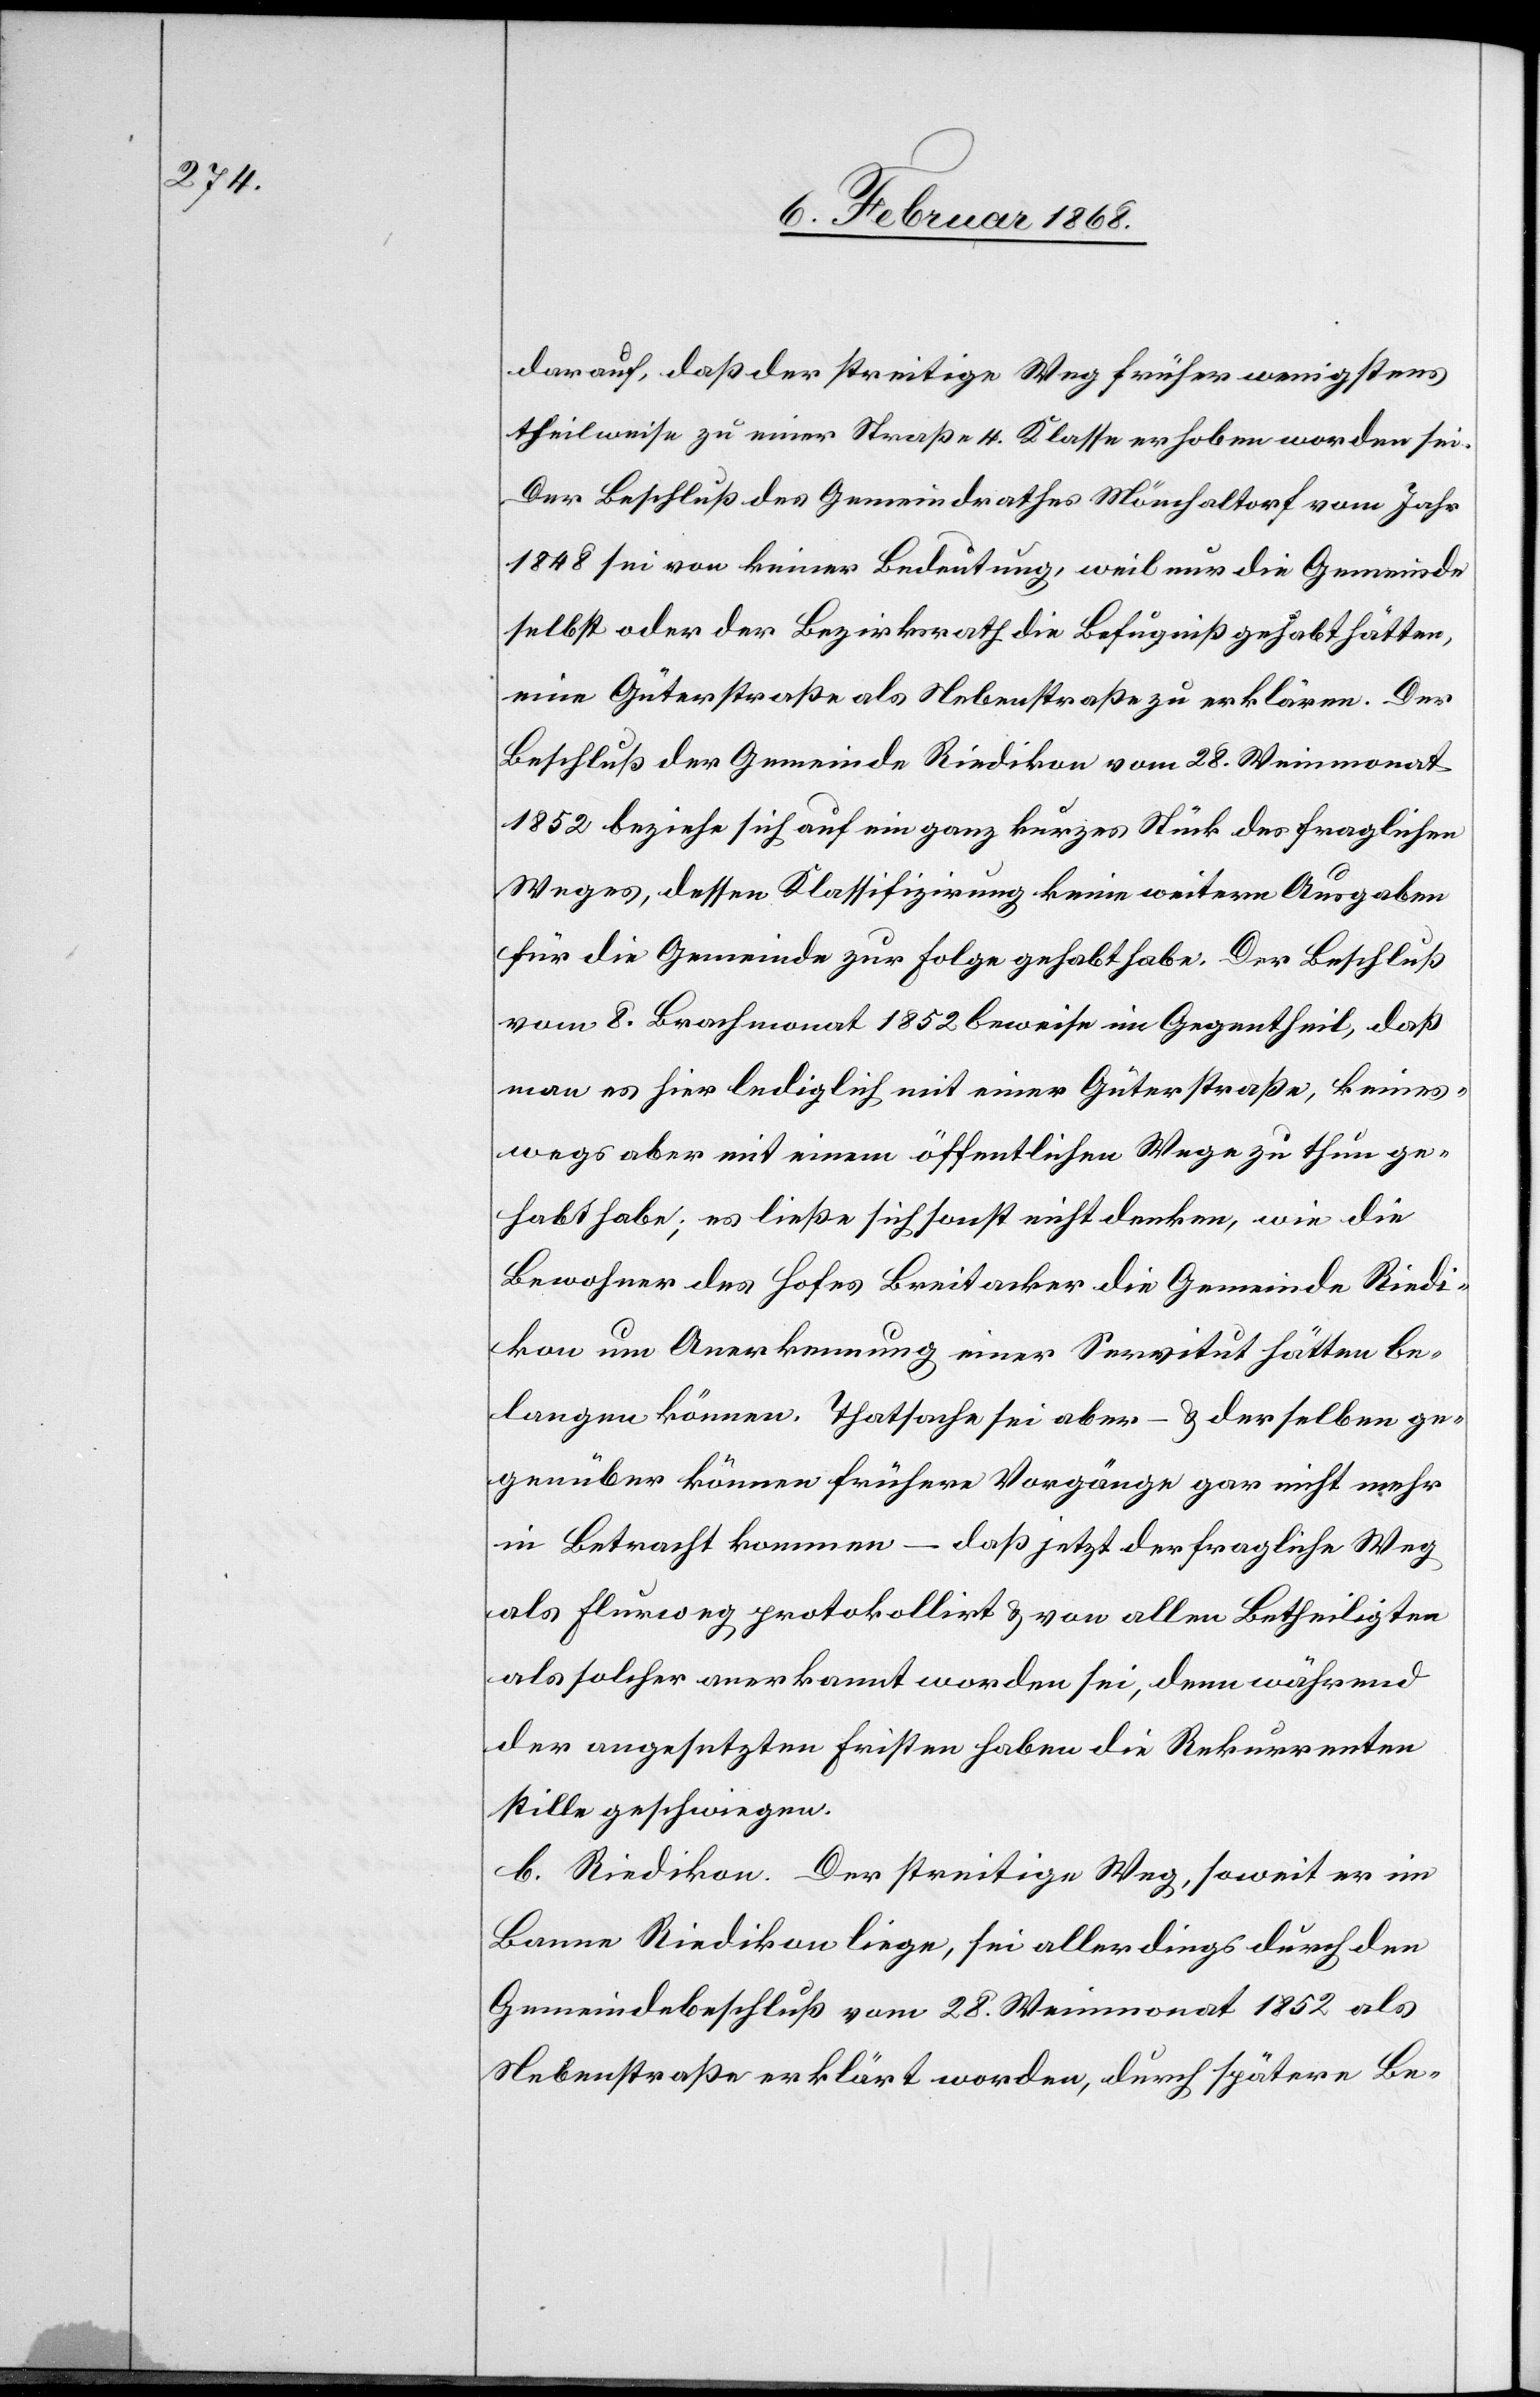
darauf, daß der streitige Weg früher wenigstens
theilweise zu einer Straße 4. Klasse erhoben worden sei.
Der Beschluß des Gemeindrathes Mönchaltorf vom Jahr
1848 sei von keiner Bedeutung, weil nur die Gemeinde
selbst oder der Bezirksrath die Befugniß gehabt hätten,
eine Güterstraße als Nebenstraße zu erklären. Der
Beschluß der Gemeinde Riedikon vom 28. Weinmonat
1852 beziehe sich auf ein ganz kurzes Stück des fraglichen
Weges, dessen Klassifizirung keine weitern Ausgaben
für die Gemeinde zur Folge gehabt habe. Der Beschluß
vom 8. Brachmonat 1852 beweise im Gegentheil, daß
man es hier lediglich mit einer Güterstraße, keines¬
wegs aber mit einem öffentlichen Wege zu thun ge¬
habt habe; es ließe sich sonst nicht denken, wie die
Bewohner des Hofes Breitacker die Gemeinde Riedi¬
kon um Anerkennung einer Servitut hätten be¬
langen können. Thatsache sei aber – & derselben ge¬
genüber können frühere Vorgänge gar nicht mehr
in Betracht kommen – daß jetzt der fragliche Weg
als Flurweg protokollirt & von allen Betheiligten
als solcher anerkannt worden sei, denn während
der angesetzten Fristen haben die Rekurrenten
stille geschwiegen.
b. Riedikon. Der streitige Weg, soweit er im
Banne Riedikon liege, sei allerdings durch den
Gemeindebeschluß vom 28. Weinmonat 1852 als
Nebenstraße erklärt worden, durch spätere Be-